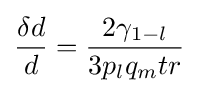
{\frac {\delta d}{d}}={\frac {2\gamma _{1-l}}{3p_{l}q_{m}tr}}